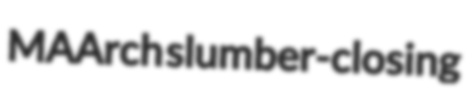
MAArch slumber-closing